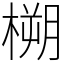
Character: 㮶